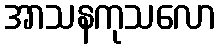
အာသနကုသလော